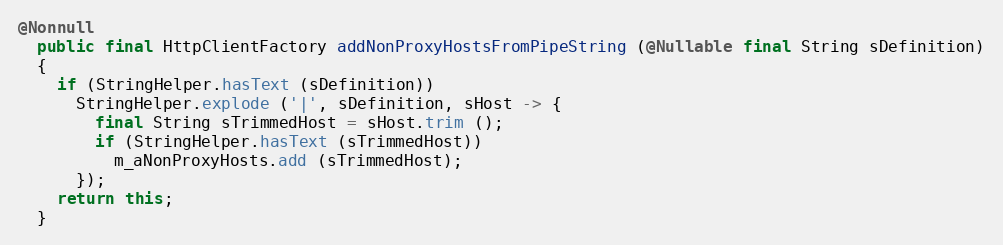
Language: Java
@Nonnull
  public final HttpClientFactory addNonProxyHostsFromPipeString (@Nullable final String sDefinition)
  {
    if (StringHelper.hasText (sDefinition))
      StringHelper.explode ('|', sDefinition, sHost -> {
        final String sTrimmedHost = sHost.trim ();
        if (StringHelper.hasText (sTrimmedHost))
          m_aNonProxyHosts.add (sTrimmedHost);
      });
    return this;
  }